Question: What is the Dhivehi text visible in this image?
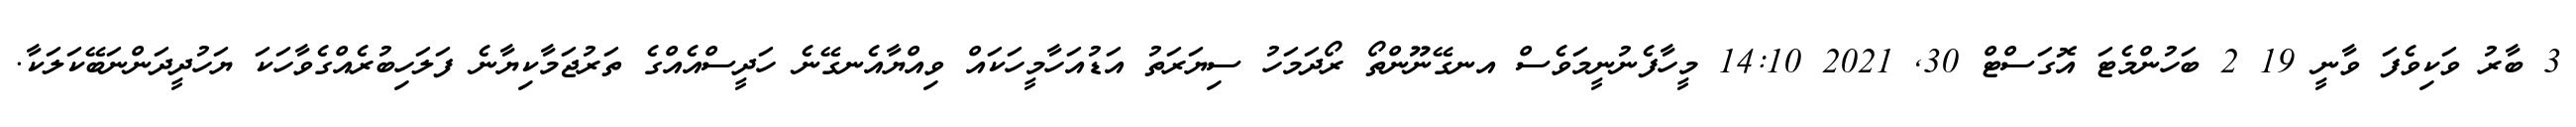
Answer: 3 ބާރު ވަކިވެފަ ވާނީ 19 2 ބަހުންމެޓަ އޮގަސްޓް 30, 2021 14:10 މީހާފެނުނީމަވެސް އނގޭނޫންތޯ ރޯދަމަހު ސިޔަރަތު އަޑުއަހާމީހަކައް ވިއްޔާއެނގޭނެ ހަދީސްއެއްގެ ތަރުޖަމާކިޔާނެ ފަލަހިބުރެއްގެވާހަކަ ޔަހުދީދަންނަބޭކަލަކާ.